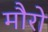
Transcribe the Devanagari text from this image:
मौरो